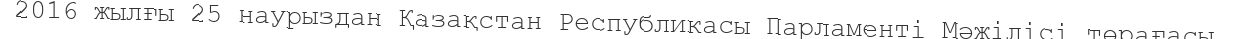
2016 жылғы 25 наурыздан Қазақстан Республикасы Парламенті Мәжілісі төрағасы.